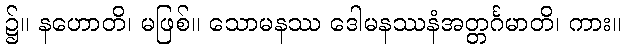
၌။ နဟောတိ၊ မဖြစ်။ သောမနဿ ဒေါမနဿနံအတ္တင်္ဂမာတိ၊ ကား။